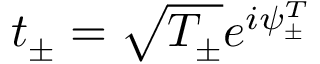
t _ { \pm } = \sqrt { T _ { \pm } } e ^ { i \psi _ { \pm } ^ { T } }